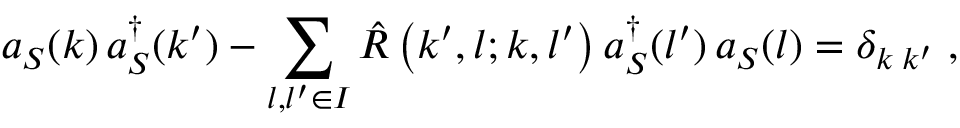
a _ { S } ( k ) \, a _ { S } ^ { \dagger } ( k ^ { \prime } ) - \sum _ { l , l ^ { \prime } \in { \cal I } } { \hat { \cal R } } \left( k ^ { \prime } , l ; k , l ^ { \prime } \right) a _ { S } ^ { \dagger } ( l ^ { \prime } ) \, a _ { S } ( l ) = \delta _ { k \; k ^ { \prime } } \; ,